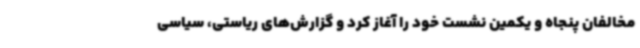
مخالفان پنجاه و یکمین نشست خود را آغاز کرد و گزارش‌های ریاستی،‌ سیاسی